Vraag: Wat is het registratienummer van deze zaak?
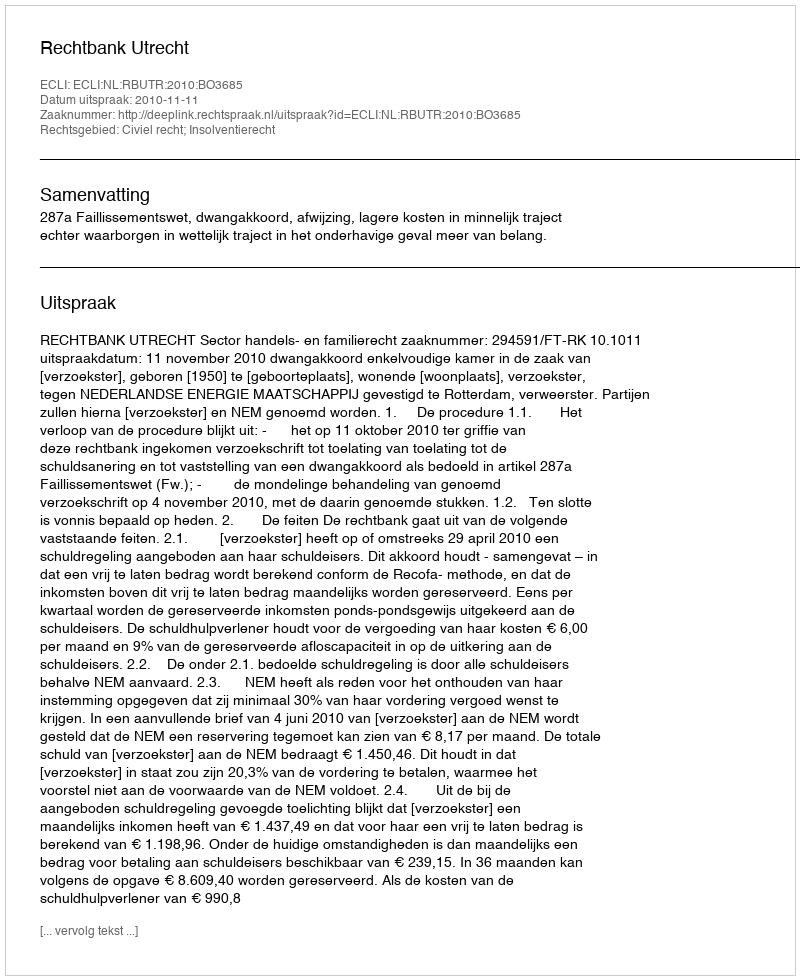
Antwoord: http://deeplink.rechtspraak.nl/uitspraak?id=ECLI:NL:RBUTR:2010:BO3685